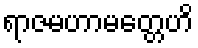
ရာဇမဟာမတ္တေဟိ